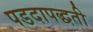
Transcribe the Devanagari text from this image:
पडदापद्धती